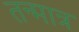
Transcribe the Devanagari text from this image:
तन्मात्र